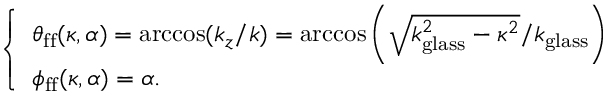
\left\{ \begin{array} { l l } { \theta _ { \mathrm { f f } } ( \kappa , \alpha ) = \operatorname { a r c c o s } ( k _ { z } / k ) = \operatorname { a r c c o s } \bigg ( \sqrt { k _ { \mathrm { g l a s s } } ^ { 2 } - \kappa ^ { 2 } } / k _ { \mathrm { g l a s s } } \bigg ) } \\ { \phi _ { \mathrm { f f } } ( \kappa , \alpha ) = \alpha . } \end{array} \right.